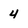
Character: 4